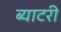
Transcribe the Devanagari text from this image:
ब्याटरी